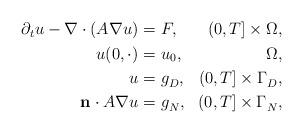
LaTeX: \begin{align*} \begin{aligned}\partial_t u -\nabla\cdot (A\nabla u)=&\ F, & (0,T] \times \Omega, \\u(0,\cdot) =&\ u_0, \, & \Omega, \\ u= &\ g_D^{}, & (0,T] \times \Gamma_D^{},\\\mathbf{n}\cdot A\nabla u= &\ g_N^{}, & (0,T] \times \Gamma_N^{},\end{aligned}\end{align*}